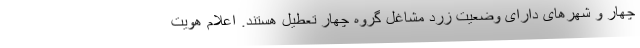
چهار و شهرهای دارای وضعیت زرد مشاغل گروه چهار تعطیل هستند. اعلام هویت